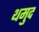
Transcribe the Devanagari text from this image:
थमुद